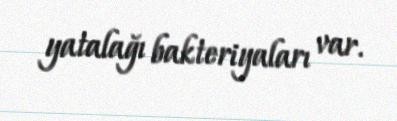
yatalağı bakteriyaları var.